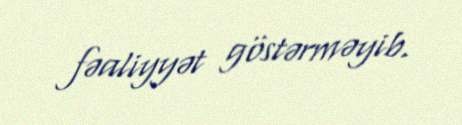
fəaliyyət göstərməyib.